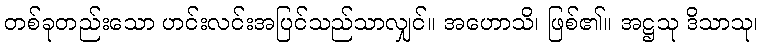
တစ်ခုတည်းသော ဟင်းလင်းအပြင်သည်သာလျှင်။ အဟောသိ၊ ဖြစ်၏။ အဋ္ဌသု ဒိသာသု၊